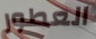
العطور